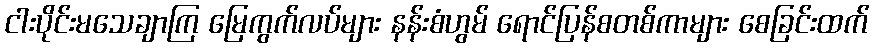
ငါးပိုင်းမသေချာကြ မြေကွက်လပ်များ နန်းစံဟွမ် ရောင်ပြန်စတစ်ကာများ စေခြင်းထက်